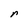
Character: r